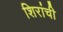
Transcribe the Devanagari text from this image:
शिरांची